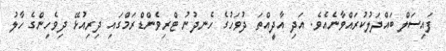
ފައިސަލް ބައްދަލުކުރައްވާނެއެވެ. އަދި އާދީއްތަ ދުވަހުގެ ހެނދުނު ޓްރިވެންޑްރަމްގައި ދިރިއުޅޭ ދިވެހިންގެ ހާލު